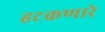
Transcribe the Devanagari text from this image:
हटकणारे